Report of the Indian Hemp Drugs Commission, 1894-1895 - Volume IV
Year: 1894
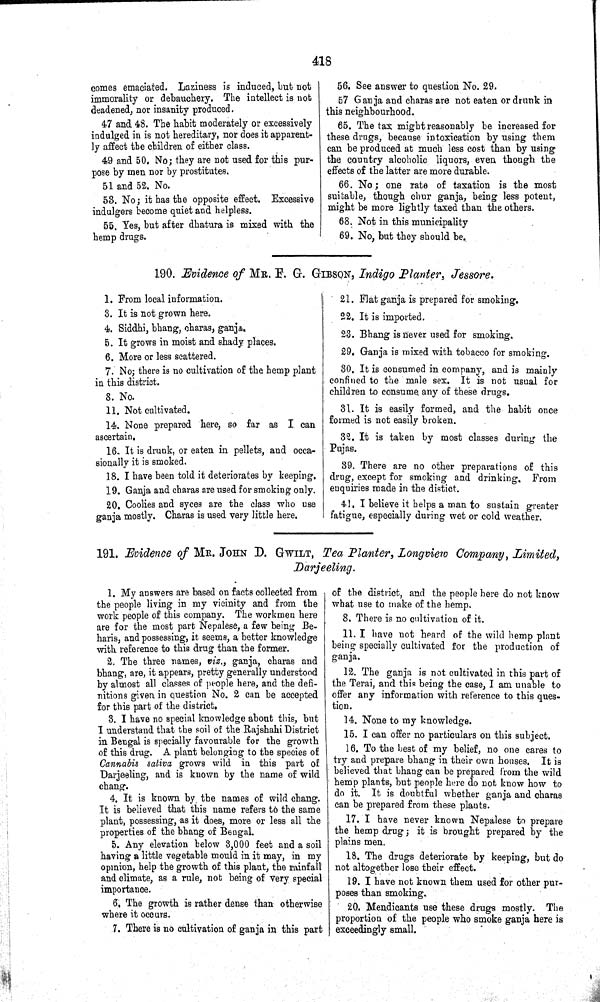
418
comes emaciated. Laziness is induced, but not
immorality or debauchery. The intellect is not
deadened, nor insanity produced.
47 and 48. The habit moderately or excessively
indulged in is not hereditary, nor does it apparent-
ly affect the children of either class.
49 and 50. No; they are not used for this pur-
pose by men nor by prostitutes.
51 and 52. No.
53. No; it has the opposite effect. Excessive
indulgers become quiet and helpless.
55. Yes, but after dhatura is mixed with the
hemp drugs.
56. See answer to question No. 29.
57 Ganja and charas are not eaten or drunk in
this neighbourhood.
65. The tax might reasonably be increased for
these drugs, because intoxication by using them
can be produced at much less cost than by using
the country alcoholic liquors, even though the
effects of the latter are more durable.
66. No; one rate of taxation is the most
suitable, though chur ganja, being less potent,
might be more lightly taxed than the others.
68. Not in this municipality
69. No, but they should be.
190. Evidence of MR. F. G. GIBSON, Indigo Planter, Jessore.
1. From local information.
3. It is not grown here.
4. Siddhi, bhang, charas, ganja.
5. It grows in moist and shady places.
6. More or less scattered.
7. No; there is no cultivation of the hemp plant
in this district.
8. No.
11. Not cultivated.
14. None prepared here, so far as I can
ascertain.
16. It is drunk, or eaten in pellets, and occa-
sionally it is smoked.
18. I have been told it deteriorates by keeping.
19. Ganja and charas are used for smoking only.
20. Coolies and syces are the class who use
ganja mostly. Charas is used very little here.
21. Flat ganja is prepared for smoking.
22. It is imported.
23. Bhang is never used for smoking.
29. Ganja is mixed with tobacco for smoking.
30. It is consumed in company, and is mainly
confined to the male sex. It is not usual for
children to consume any of these drugs.
31. It is easily formed, and the habit once
formed is not easily broken.
32. It is taken by most classes during the
Pujas.
39. There are no other preparations of this
drug, except for smoking and drinking. From
enquiries made in the distict.
41. I believe it helps a man to sustain greater
fatigue, especially during wet or cold weather.
191. Evidence of MR. JOHN D. GWILT, Tea Planter, Longview Company, Limited,
Darjeeling.
1. My answers are based on facts collected from
the people living in my vicinity and from the
work people of this company. The workmen here
are for the most part Nepalese, a few being Be-
haris, and possessing, it seems, a better knowledge
with reference to this drug than the former.
2. The three names, viz., ganja, charas and
bhang, are, it appears, pretty generally understood
by almost all classes of people here, and the defi-
nitions given in question No. 2 can be accepted
for this part of the district.
3. I have no special knowledge about this, but
I understand that the soil of the Rajshahi District
in Bengal is specially favourable for the growth
of this drug. A plant belonging to the species of
Cannabis sativa grows wild in this part of
Darjeeling, and is known by the name of wild
chang.
4. It is known by the names of wild chang.
It is believed that this name refers to the same
plant, possessing, as it does, more or less all the
properties of the bhang of Bengal.
5. Any elevation below 3,000 feet and a soil
having a little vegetable mould in it may, in my
opinion, help the growth of this plant, the rainfall
and climate, as a rule, not being of very special
importance.
6. The growth is rather dense than otherwise
where it occurs.
7. There is no cultivation of ganja in this part
of the district, and the people here do not know
what use to make of the hemp.
8. There is no cultivation of it.
11. I have not heard of the wild hemp plant
being specially cultivated for the production of
ganja.
12. The ganja is not cultivated in this part of
the Terai, and this being the case, I am unable to
offer any information with reference to this ques-
tion.
14. None to my knowledge.
15. I can offer no particulars on this subject.
16. To the best of my belief, no one cares to
try and prepare bhang in their own houses. It is
believed that bhang can be prepared from the wild
hemp plants, but people here do not know how to
do it. It is doubtful whether ganja and charas
can be prepared from these plants.
17. I have never known Nepalese to prepare
the hemp drug; it is brought prepared by the
plains men.
18. The drugs deteriorate by keeping, but do
not altogether lose their effect.
19. I have not known them used for other pur-
poses than smoking.
20. Mendicants use these drugs mostly. The
proportion of the people who smoke ganja here is
exceedingly small.